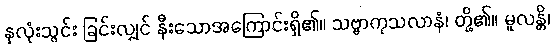
နှလုံးသွင်း ခြင်းလျှင် နီးသောအကြောင်းရှိ၏။ သဗ္ဗာကုသလာနံ၊ တို့၏။ မူလန္တိ၊